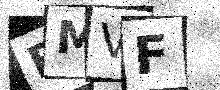
Text: EMVF